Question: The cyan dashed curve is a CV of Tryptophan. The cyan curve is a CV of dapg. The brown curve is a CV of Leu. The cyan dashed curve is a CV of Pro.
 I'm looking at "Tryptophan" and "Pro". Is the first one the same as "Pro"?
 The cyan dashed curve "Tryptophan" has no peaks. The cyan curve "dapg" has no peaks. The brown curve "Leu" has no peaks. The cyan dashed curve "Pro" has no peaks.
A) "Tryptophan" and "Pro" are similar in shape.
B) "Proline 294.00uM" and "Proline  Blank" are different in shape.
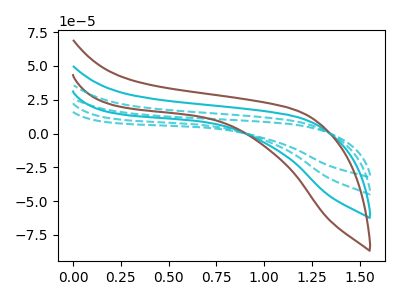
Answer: <think>Neither "Tryptophan" or "Pro" have any peaks.
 </think>
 <answer>A) "Tryptophan" and "Pro" are similar in shape.</answer>
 <eval>A</eval>